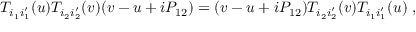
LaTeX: T _ { i _ { 1 } i _ { 1 } ^ { \prime } } ( u ) T _ { i _ { 2 } i _ { 2 } ^ { \prime } } ( v ) ( v - u + i P _ { 1 2 } ) = ( v - u + i P _ { 1 2 } ) T _ { i _ { 2 } i _ { 2 } ^ { \prime } } ( v ) T _ { i _ { 1 } i _ { 1 } ^ { \prime } } ( u ) \; ,